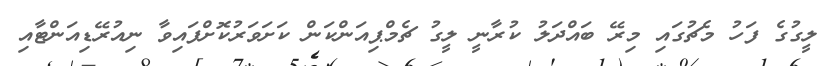
ލީގުގެ ފަހު މެޗުގައި މިރޭ ބައްދަލު ކުރާނީ ލީގު ޗެމްޕިއަންކަން ކަށަވަރުކޮށްފައިވާ ނިއުރޭޑިއަންޓާއި